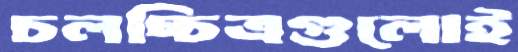
চলচ্চিত্রগুলোই